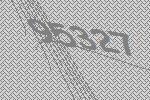
95327